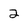
Character: 2